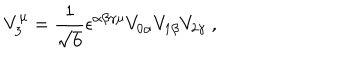
V _ { 3 } ^ { \mu } = \frac { 1 } { \sqrt { 6 } } \epsilon ^ { \alpha \beta \gamma \mu } V _ { 0 \alpha } V _ { 1 \beta } V _ { 2 \gamma } ~ ,